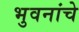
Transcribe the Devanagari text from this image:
भुवनांचे